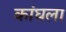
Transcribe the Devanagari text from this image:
कांघला